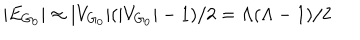
| E _ { G _ { 0 } } | \approx | V _ { G _ { 0 } } | ( | V _ { G _ { 0 } } | - 1 ) / 2 = \Lambda ( \Lambda - 1 ) / 2